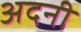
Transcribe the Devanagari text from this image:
अदनी